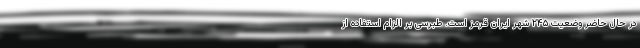
در حال حاضر وضعیت ۲۴۵ شهر ایران قرمز است. طبرسی بر الزام استفاده از